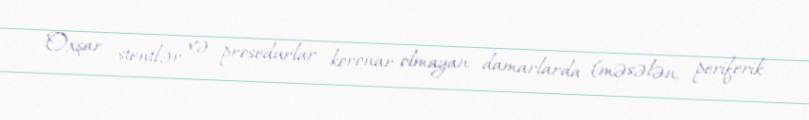
Oxşar stentlər və prosedurlar koronar olmayan damarlarda (məsələn, periferik